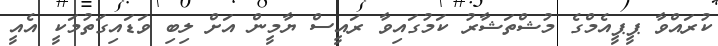
ކުރައްވާ ޕީޕީއެމްގެ މުޝްތަޝާރު ކަމުގައިވާ ރައީސް ޔާމީން އަށް ލިބި ވަަޑައިގަތުމަކީ އެއީ